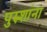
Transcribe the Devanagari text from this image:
पुरुशांना